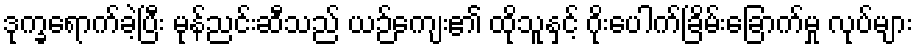
ဒုက္ခရောက်ခဲ့ပြီး မုန်ညင်းဆီသည် ယဉ်ကျေး၏ ထိုသူနှင့် ဂိုးပေါက်ခြိမ်းခြောက်မှု လုပ်များ